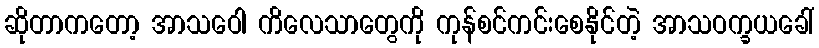
ဆိုတာကတော့ အာသဝေါ ကိလေသာတွေကို ကုန်စင်ကင်းစေနိုင်တဲ့ အာသဝက္ခယခေါ်